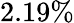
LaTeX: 2.19\%